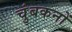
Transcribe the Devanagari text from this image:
चुंबकनों